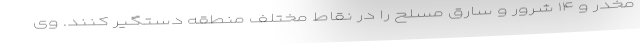
مخدر و ۱۴ شرور و سارق مسلح را در نقاط مختلف منطقه دستگیر کنند. وی